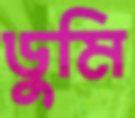
ডুমি